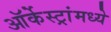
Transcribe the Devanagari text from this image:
ऑर्केस्ट्रांमध्ये